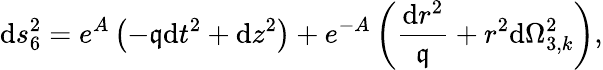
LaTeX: \mathrm{d}s_{6}^{2}=e^{A}\left(-\mathfrak{q}\mathrm{d}t^{2}+\mathrm{d}z^{2}\right)+e^{-A}\left(\frac{{\mathrm{d}r^{2}}}{{\mathfrak{q}}}+r^{2}\mathrm{d}\Omega_{3,k}^{2}\right),